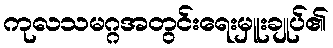
ကုလသမဂ္ဂအတွင်းရေးမှူးချုပ်၏